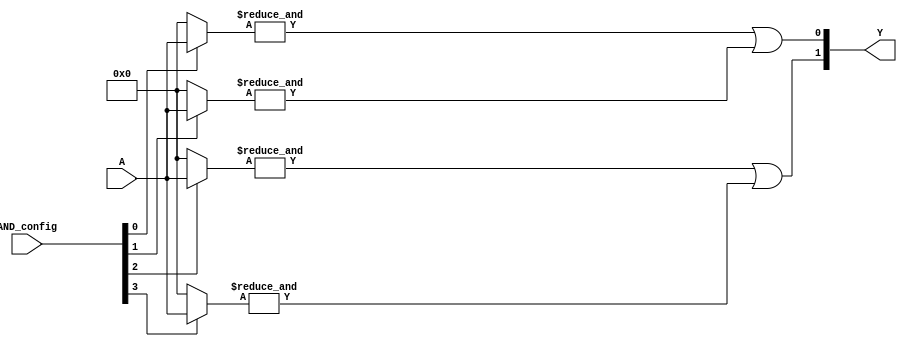
module SPAL #(
    parameter N = 4, // Number of inputs
    parameter P = 4, // Number of product terms
    parameter M = 2  // Number of outputs
)(
    input wire [N-1:0] A,            // Input lines A1 to An
    input wire [P-1:0] AND_config,   // Configuration for AND gates (1 = connect, 0 = disconnect)
    output wire [M-1:0] Y             // Output lines Y1 to Ym
);

// Programmable AND array
wire [P-1:0] AND_out; // Outputs of the AND gates

// Generate the AND gates based on the configuration
genvar i, j;
generate
    for (i = 0; i < P; i = i + 1) begin : AND_gate
        wire [N-1:0] inputs;
        assign inputs = (AND_config[i]) ? A : {N{1'b0}}; // Connect input if AND_config is high, else ground

        // AND operation
        assign AND_out[i] = &inputs; // AND the selected inputs
    end
endgenerate

// Fixed OR array
assign Y[0] = AND_out[0] | AND_out[1];  // Example OR configuration for output Y1
assign Y[1] = AND_out[2] | AND_out[3];  // Example OR configuration for output Y2

endmodule